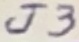
Text: J3